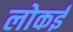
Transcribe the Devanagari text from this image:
लोकई